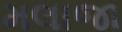
મલાજા